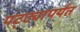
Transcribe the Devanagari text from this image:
पट्‍ट्यापर्यंत